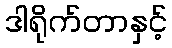
ဒါရိုက်တာနှင့်